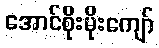
အောင်စိုးမိုးကျော်